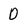
Character: 0